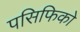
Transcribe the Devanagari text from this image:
पसिफिको